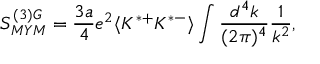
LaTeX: S _ { M Y M } ^ { ( 3 ) G } = { \frac { 3 a } { 4 } } e ^ { 2 } \langle K ^ { * + } K ^ { * - } \rangle \int { \frac { d ^ { 4 } k } { ( 2 \pi ) ^ { 4 } } } { \frac { 1 } { k ^ { 2 } } } ,